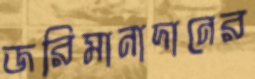
জরিমানাদানের